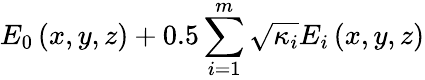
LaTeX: E_{0}\left(x,y,z\right)+0.5\sum_{i=1}^{m}\sqrt{\kappa_{i}}E_{i}\left(x,y,z\right)